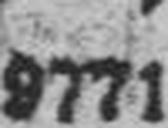
9771